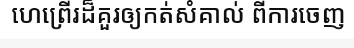
ហេព្រើរដ៏គួរឲ្យកត់សំគាល់ ពីការចេញ